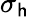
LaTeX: \sigma_{\mathsf{h}}